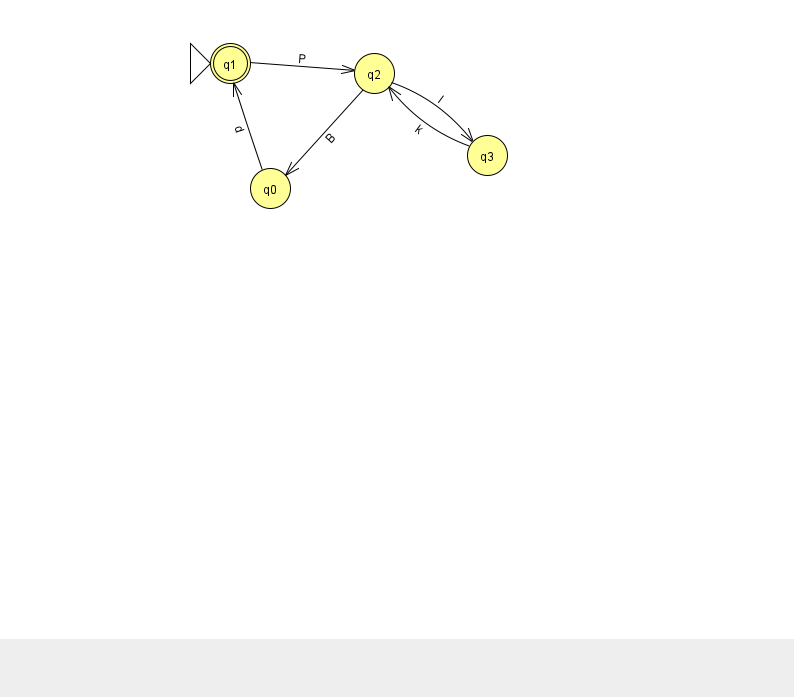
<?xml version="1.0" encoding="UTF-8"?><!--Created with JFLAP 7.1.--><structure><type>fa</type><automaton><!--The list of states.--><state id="0" name="q0"><x>270.0</x><y>175.0</y></state><state id="1" name="q1"><x>230.0</x><y>50.0</y><initial/><final/></state><state id="2" name="q2"><x>374.0</x><y>60.0</y></state><state id="3" name="q3"><x>487.0</x><y>142.0</y></state><!--The list of transitions.--><transition><from>0</from><to>1</to><read>d</read></transition><transition><from>2</from><to>0</to><read>B</read></transition><transition><from>1</from><to>2</to><read>P</read></transition><transition><from>3</from><to>2</to><read>k</read></transition><transition><from>2</from><to>3</to><read>l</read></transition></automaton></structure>